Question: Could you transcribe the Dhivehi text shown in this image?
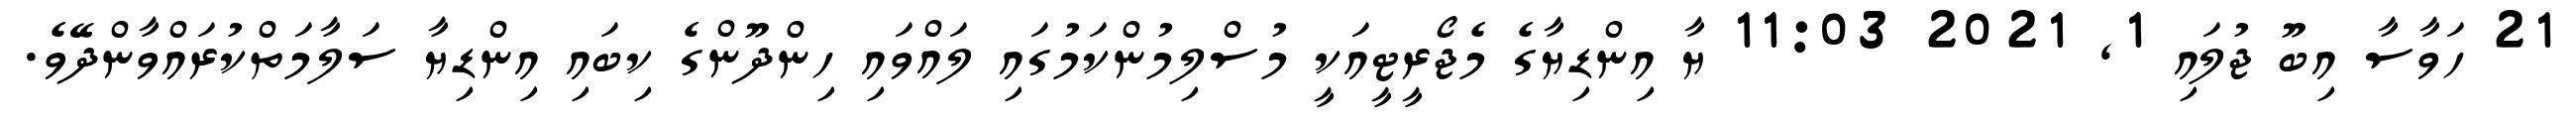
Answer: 21 ހަވާސާ އިބޫ ޖުލައި 1, 2021 11:03 ޔާ އިންޑިޔާގެ މެޖޯރީޓީއަކީ މުސްލިމުންކަމުގައި ލައްވައި ހިންދޫންގެ ކިބައި އިންޑިޔާ ސަލާމަތްކުރައްވާންދޭވެ.